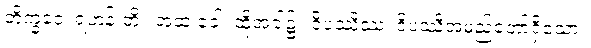
ဘိက္ခဝေ၊ ရဟန်းတို့။ အထ ခေါ၊ ထိုအခါ၌။ ဝိပဿိဿ၊ ဝိပဿီအမည်တော်ရှိသော။